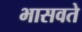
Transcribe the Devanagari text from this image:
भासवते